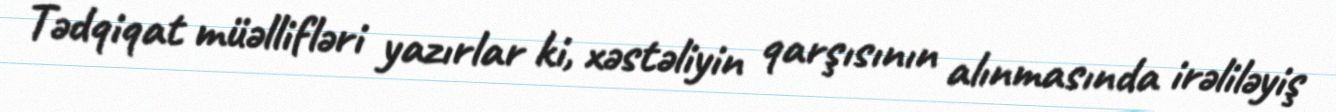
Tədqiqat müəllifləri yazırlar ki, xəstəliyin qarşısının alınmasında irəliləyiş